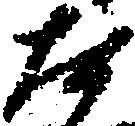
た